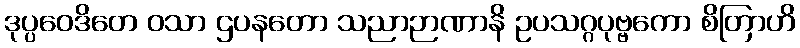
ဒုပ္ပဝေဒိတေ ဝသာ ဌပနတော သညာဉာဏာနိ ဥပသဂ္ဂပုဗ္ဗကော စိတြာဟိ